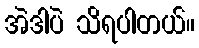
အဲဒါပဲ သိရပါတယ်။